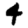
Digit: 4